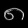
Digit: ၈